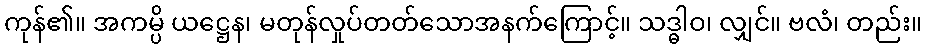
ကုန်၏။ အကမ္ပိ ယဋ္ဌေန၊ မတုန်လှုပ်တတ်သောအနက်ကြောင့်။ သဒ္ဓါဝ၊ လျှင်။ ဗလံ၊ တည်း။